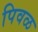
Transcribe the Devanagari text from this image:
पिवळ